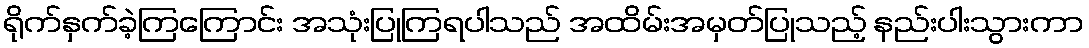
ရိုက်နှက်ခဲ့ကြကြောင်း အသုံးပြုကြရပါသည် အထိမ်းအမှတ်ပြုသည့် နည်းပါးသွားကာ